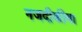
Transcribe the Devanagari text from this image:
नजदीकीया